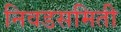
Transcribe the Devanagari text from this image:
निवडसमिती